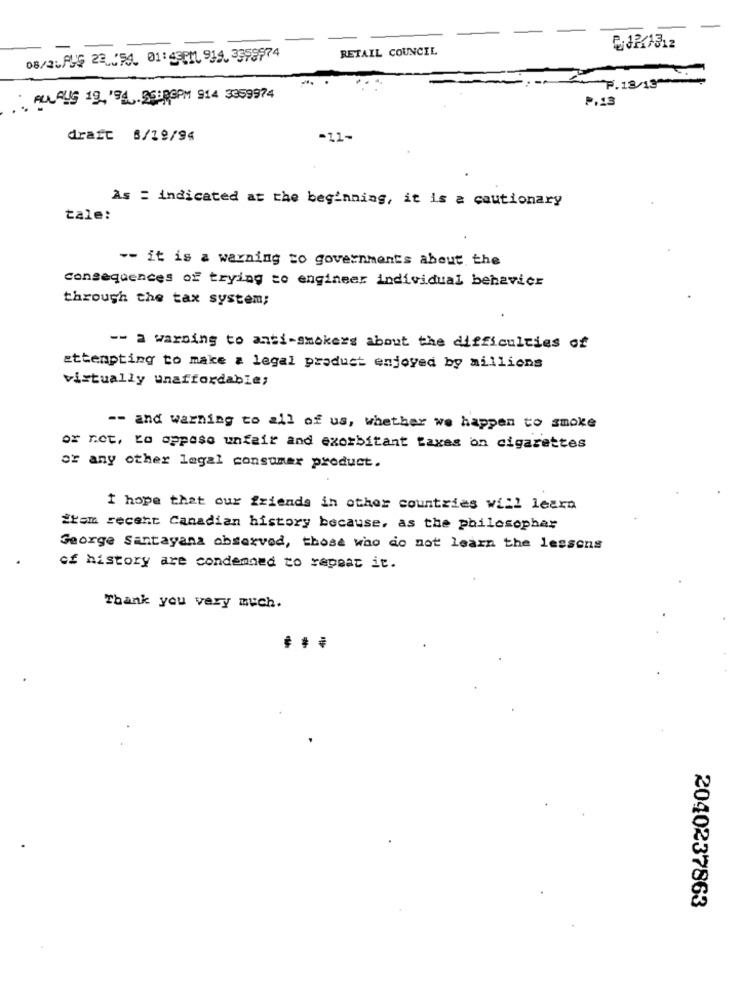
RETAIL COUNCIL
08/21895 20154, 01:45PM1 918 3355974
P. 13/13
=
.. PLLAUG 19. '94. 35:0GPM 914 3359974
P.13
draft 6/19/94
-11-
As = indicated at the beginning, it is a cautionary
tale:
-- it is a warning to governments about the
consequences of trying to engineer individual behavior
through the tax system;
-- a warning to anti-smokers about the difficulties of
attempting to make a legal product enjoyed by millions
virtually unaffordable;
-- and warning to all of us, whether we happen to smoke
or not, to oppose unfair and exorbitant taxes on cigarettes
or any other legal consumer product.
I hope that our friends in other countries will learn
from recent Canadian history because, as the philosopher
George Santayana observed, those who do not learn the lessons
of history are condemned to repeat it.
Thank you very much.
2040237863